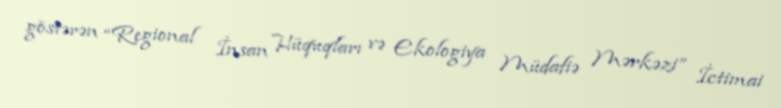
göstərən “Regional İnsan Hüquqları və Ekologiya Müdafiə Mərkəzi” İctimai